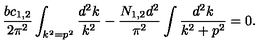
{ \frac { b c _ { 1 , 2 } } { 2 \pi ^ { 2 } } } \int _ { k ^ { 2 } = p ^ { 2 } } { \frac { d ^ { 2 } k } { k ^ { 2 } } } - { \frac { N _ { 1 , 2 } d ^ { 2 } } { \pi ^ { 2 } } } \int { \frac { d ^ { 2 } k } { k ^ { 2 } + p ^ { 2 } } } = 0 .